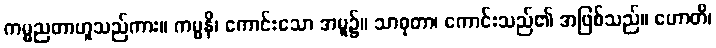
ကမ္မညတာဟူသည်ကား။ ကမ္မနိ၊ ကောင်းသော အမူ၌။ သာဓုတာ၊ ကောင်းသည်၏ အဖြစ်သည်။ ဟောတိ၊